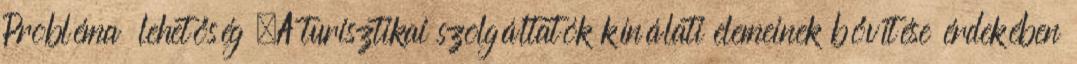
Probléma lehetőség ▪A turisztikai szolgáltatók kínálati elemeinek bővítése érdekében